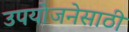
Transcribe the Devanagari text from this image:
उपयोजनेसाठी